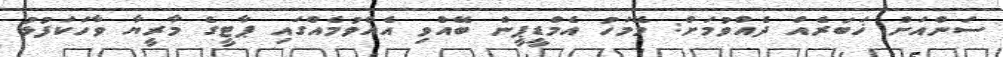
ސަންއަށް ޚަބަރެއް ދެއްވުމަށް: މޭމަހު އެމްޑީޕީން ބޭއްވި އެއްވުމެއްގައި ޕާޓީގެ މާރީޔާ ވާހަކަފުޅު